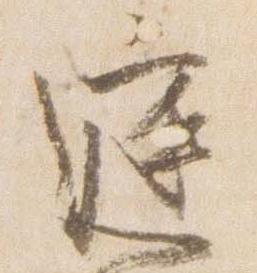
庭